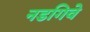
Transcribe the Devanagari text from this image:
नडगिवे